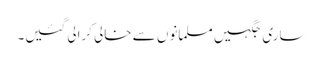
ساری جگہیں مسلمانوں سے خالی کرالی گئیں۔